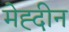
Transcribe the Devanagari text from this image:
मेह्दीन